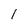
Character: l